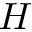
H